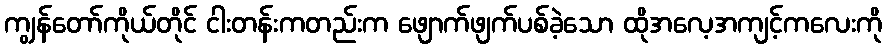
ကျွန်တော်ကိုယ်တိုင် ငါးတန်းကတည်းက ဖျောက်ဖျက်ပစ်ခဲ့သော ထိုအလေ့အကျင့်ကလေးကို